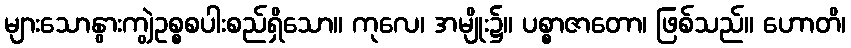
များသောနွားကျွဲဥစ္စစပါးစည်ရှိသော။ ကုလေ၊ အမျိုး၌။ ပစ္စာဇာတော၊ ဖြစ်သည်။ ဟောတိ၊